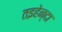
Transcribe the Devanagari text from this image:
तइहेन्दा